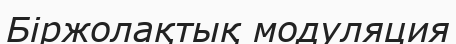
Біржолақтық модуляция